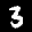
Label: 3